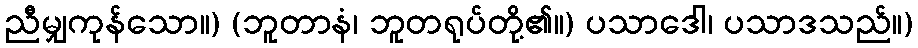
ညီမျှကုန်သော။) (ဘူတာနံ၊ ဘူတရုပ်တို့၏။) ပသာဒေါ၊ ပသာဒသည်။)